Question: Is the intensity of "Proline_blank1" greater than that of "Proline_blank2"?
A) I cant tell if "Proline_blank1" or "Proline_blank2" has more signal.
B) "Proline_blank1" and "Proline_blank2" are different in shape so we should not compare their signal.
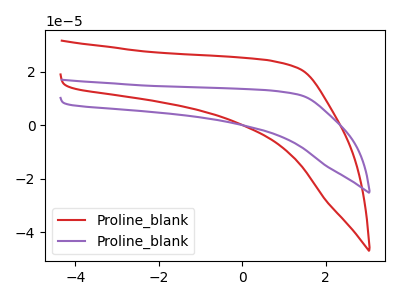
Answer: <think>The red curve "Proline_blank1" has no peaks. The purple curve "Proline_blank2" has no peaks.
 Neither "Proline_blank1" or "Proline_blank2" have any peaks.</think>
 <answer>A) I cant tell if "Proline_blank1" or "Proline_blank2" has more signal.</answer>
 <eval>A</eval>